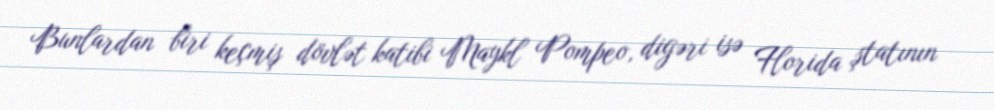
Bunlardan biri keçmiş dövlət katibi Maykl Pompeo, digəri isə Florida ştatının